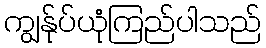
ကျွန်ုပ်ယုံကြည်ပါသည်